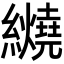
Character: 𬘏